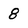
Character: 8